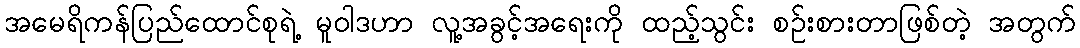
အမေရိကန်ပြည်ထောင်စုရဲ့ မူဝါဒဟာ လူ့အခွင့်အရေးကို ထည့်သွင်း စဉ်းစားတာဖြစ်တဲ့ အတွက်